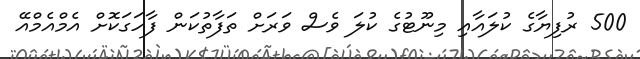
500 ރުފިޔާގެ ކުލައާއި މިނޫޓުގެ ކުލަ ވެސް ވަރަށް ތަފާތުކަން ފާހަގަކޮށް އެމްއެމްއޭ